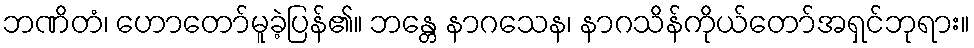
ဘဏိတံ၊ ဟောတော်မူခဲ့ပြန်၏။ ဘန္တေ နာဂသေန၊ နာဂသိန်ကိုယ်တော်အရှင်ဘုရား။